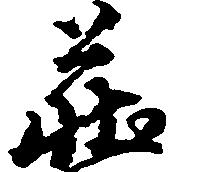
荘